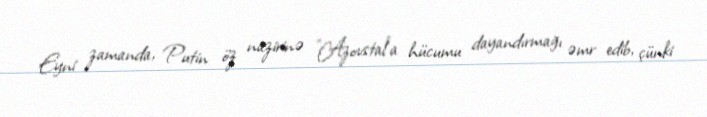
Eyni zamanda, Putin öz nazirinə "Azovstal”a hücumu dayandırmağı əmr edib, çünki